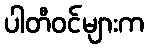
ပါတီဝင်များက